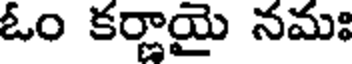
ఓం కర్ణాయై నమః